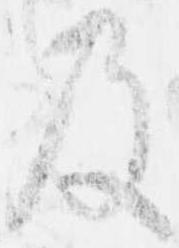
及